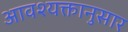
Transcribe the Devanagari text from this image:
आवश्यक्तानुसार